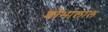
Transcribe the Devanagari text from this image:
शोभालाल